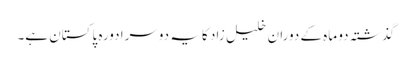
گذشتہ دو ماہ کے دوران خلیل زاد کا یہ دوسرا دورہ پاکستان ہے۔